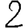
Digit: 2